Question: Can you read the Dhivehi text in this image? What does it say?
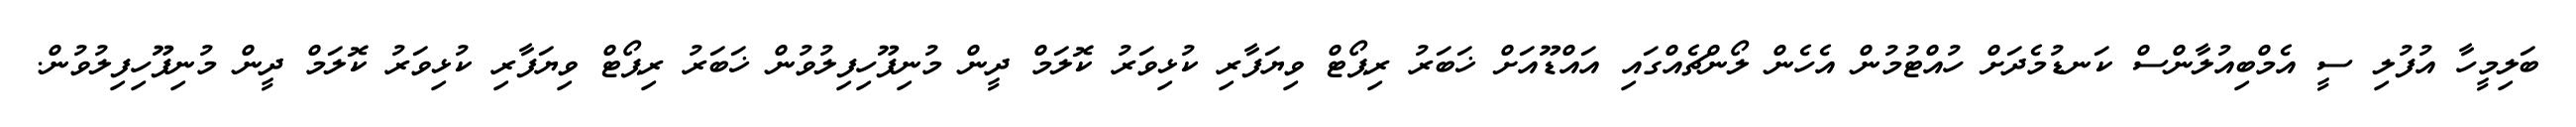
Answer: ބަލިމީހާ އުފުލި ސީ އެމްބިއުލާންސް ކަނޑުމެދަށް ހުއްޓުމުން އެހެން ލޯންޗެއްގައި އައްޑޫއަށް ޚަބަރު ރިޕޯޓް ވިޔަފާރި ކުޅިވަރު ކޮލަމް ދީން މުނިފޫހިފިލުވުން ޚަބަރު ރިޕޯޓް ވިޔަފާރި ކުޅިވަރު ކޮލަމް ދީން މުނިފޫހިފިލުވުން.